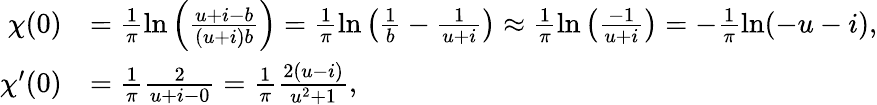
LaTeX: \begin{array}{rl}{\chi(0)}&{=\frac{1}{\pi}\ln\left(\frac{u+i-b}{(u+i)b}\right)=\frac{1}{\pi}\ln\left(\frac{1}{b}-\frac{1}{u+i}\right)\approx\frac{1}{\pi}\ln\left(\frac{-1}{u+i}\right)=-\frac{1}{\pi}\ln(-u-i),}\\ {\chi^{\prime}(0)}&{=\frac{1}{\pi}\frac{2}{u+i-0}=\frac{1}{\pi}\frac{2(u-i)}{u^{2}+1},}\end{array}